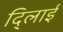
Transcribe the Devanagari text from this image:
दि्लाई